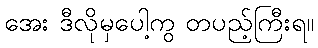
အေး ဒီလိုမှပေါ့ကွ တပည့်ကြီးရ။